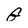
Character: G